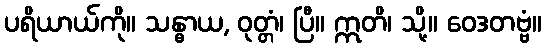
ပရိယာယ်ကို။ သန္ဓာယ, ဝုတ္တံ၊ ပြီ။ ဣတိ၊ သို့။ ဝေဒတဗ္ဗံ။